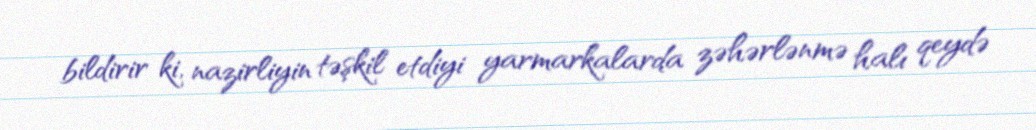
bildirir ki, nazirliyin təşkil etdiyi yarmarkalarda zəhərlənmə halı qeydə